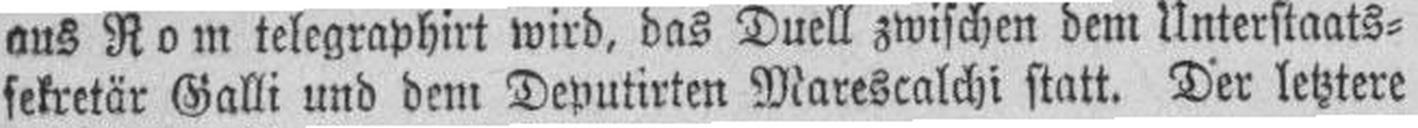
sekretär Galli und dem Deputirten Marescalchi statt. Der letztere